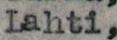
Lahti,